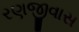
રણજીવાસ